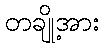
တချို့အား